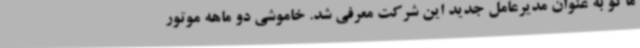
ماکو به عنوان مدیرعامل جدید این شرکت معرفی شد. خاموشی دو ماهه موتور